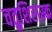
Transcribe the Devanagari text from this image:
चतुशिरास्क